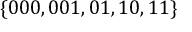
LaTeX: \{ 0 0 0 , 0 0 1 , 0 1 , 1 0 , 1 1 \}